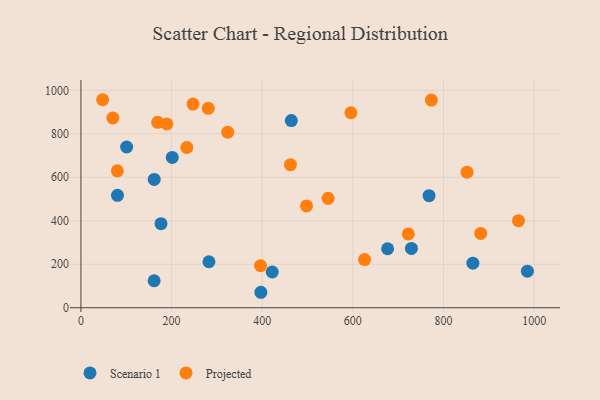
{"axis": {"x": "Engine Size", "y": "Yield"}, "legend": ["Projected", "Scenario 1"], "data": [{"x": "985.0", "y": 168.3, "type": "Scenario 1"}, {"x": "729.2", "y": 272.8, "type": "Scenario 1"}, {"x": "161.7", "y": 590.1, "type": "Scenario 1"}, {"x": "161.5", "y": 124.1, "type": "Scenario 1"}, {"x": "282.5", "y": 211.6, "type": "Scenario 1"}, {"x": "100.9", "y": 739.3, "type": "Scenario 1"}, {"x": "397.0", "y": 71.1, "type": "Scenario 1"}, {"x": "201.5", "y": 691.4, "type": "Scenario 1"}, {"x": "676.6", "y": 271.2, "type": "Scenario 1"}, {"x": "864.7", "y": 204.8, "type": "Scenario 1"}, {"x": "422.1", "y": 164.4, "type": "Scenario 1"}, {"x": "176.7", "y": 386.6, "type": "Scenario 1"}, {"x": "80.7", "y": 517.0, "type": "Scenario 1"}, {"x": "464.2", "y": 860.6, "type": "Scenario 1"}, {"x": "768.1", "y": 515.4, "type": "Scenario 1"}, {"x": "323.9", "y": 807.0, "type": "Projected"}, {"x": "773.2", "y": 955.2, "type": "Projected"}, {"x": "625.8", "y": 221.7, "type": "Projected"}, {"x": "545.3", "y": 503.2, "type": "Projected"}, {"x": "281.0", "y": 917.2, "type": "Projected"}, {"x": "80.4", "y": 629.6, "type": "Projected"}, {"x": "396.2", "y": 193.3, "type": "Projected"}, {"x": "233.7", "y": 736.9, "type": "Projected"}, {"x": "722.3", "y": 339.4, "type": "Projected"}, {"x": "965.4", "y": 400.3, "type": "Projected"}, {"x": "169.4", "y": 852.6, "type": "Projected"}, {"x": "595.6", "y": 896.9, "type": "Projected"}, {"x": "247.3", "y": 936.5, "type": "Projected"}, {"x": "189.6", "y": 845.6, "type": "Projected"}, {"x": "882.0", "y": 341.8, "type": "Projected"}, {"x": "462.3", "y": 658.2, "type": "Projected"}, {"x": "70.4", "y": 872.7, "type": "Projected"}, {"x": "497.7", "y": 468.1, "type": "Projected"}, {"x": "47.9", "y": 956.7, "type": "Projected"}, {"x": "851.9", "y": 623.4, "type": "Projected"}]}